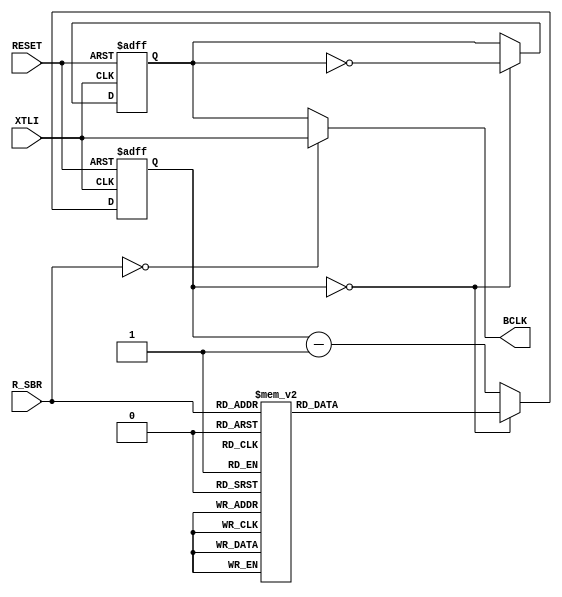
// File ACIA_BRGEN.vhd translated with vhd2vl v3.0 VHDL to Verilog RTL translator
// vhd2vl settings:
//  * Verilog Module Declaration Style: 2001

// vhd2vl is Free (libre) Software:
//   Copyright (C) 2001 Vincenzo Liguori - Ocean Logic Pty Ltd
//     http://www.ocean-logic.com
//   Modifications Copyright (C) 2006 Mark Gonzales - PMC Sierra Inc
//   Modifications (C) 2010 Shankar Giri
//   Modifications Copyright (C) 2002-2017 Larry Doolittle
//     http://doolittle.icarus.com/~larry/vhd2vl/
//   Modifications (C) 2017 Rodrigo A. Melo
//
//   vhd2vl comes with ABSOLUTELY NO WARRANTY.  Always check the resulting
//   Verilog for correctness, ideally with a formal verification tool.
//
//   You are welcome to redistribute vhd2vl under certain conditions.
//   See the license (GPLv2) file included with the source for details.

// The result of translation follows.  Its copyright status should be
// considered unchanged from the original VHDL.

// no timescale needed

module ACIA_BRGEN(
input wire RESET,
input wire XTLI,
output wire BCLK,
input wire [3:0] R_SBR
);




reg [31:0] r_clk = 0;
reg r_bclk = 1'b0;

  assign BCLK = (R_SBR == 3'b000) ? XTLI : r_bclk;
  always @(posedge XTLI, negedge RESET) begin
    if((RESET == 1'b0)) begin
      r_clk <= 0;
      r_bclk <= 1'b0;
    end else begin
      if((r_clk == 0)) begin
        r_bclk <=  ~r_bclk;
        case(R_SBR)
        4'b0000 : begin
          r_clk <= 0;
        end
        4'b0001 : begin
          r_clk <= (36864 - 1) / 32;
        end
        4'b0010 : begin
          r_clk <= (24576 - 1) / 32;
        end
        4'b0011 : begin
          r_clk <= (16769 - 1) / 32;
        end
        4'b0100 : begin
          r_clk <= (13704 - 1) / 32;
        end
        4'b0101 : begin
          r_clk <= (12288 - 1) / 32;
        end
        4'b0110 : begin
          r_clk <= (6144 - 1) / 32;
        end
        4'b0111 : begin
          r_clk <= (3072 - 1) / 32;
        end
        4'b1000 : begin
          r_clk <= (1536 - 1) / 32;
        end
        4'b1001 : begin
          r_clk <= (1024 - 1) / 32;
        end
        4'b1010 : begin
          r_clk <= (768 - 1) / 32;
        end
        4'b1011 : begin
          r_clk <= (512 - 1) / 32;
        end
        4'b1100 : begin
          r_clk <= (384 - 1) / 32;
        end
        4'b1101 : begin
          r_clk <= (256 - 1) / 32; //no modificado
        end
        4'b1110 : begin
          r_clk <= (1250 - 1) / 32; //9600 baud modificacion para alhambra fpga 12mhz clock
        end
        4'b1111 : begin
          r_clk <= (625 - 1) / 32; //19200 baud
        end
        default : begin
          r_clk <= 0;
        end
        endcase
      end
      else begin
        r_clk <= r_clk - 1;
      end
    end
  end


endmodule